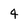
Character: 4